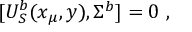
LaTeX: [ U _ { S } ^ { b } ( x _ { \mu } , y ) , \Sigma ^ { b } ] = 0 ~ ,